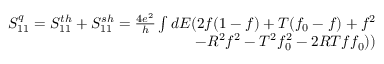
\begin{array} { r } { { S _ { 1 1 } ^ { q } = S _ { 1 1 } ^ { t h } + S _ { 1 1 } ^ { s h } = \frac { 4 e ^ { 2 } } { h } \int d E ( 2 f ( 1 - f ) + T ( f _ { 0 } - f ) + f ^ { 2 } } } \\ { { - R ^ { 2 } f ^ { 2 } - T ^ { 2 } f _ { 0 } ^ { 2 } - 2 R T f f _ { 0 } ) ) } } \end{array}